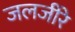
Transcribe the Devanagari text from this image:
जलजीरे